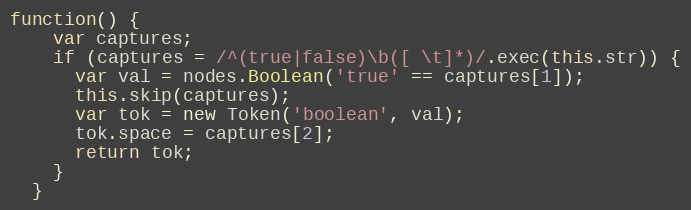
Language: JavaScript
function() {
    var captures;
    if (captures = /^(true|false)\b([ \t]*)/.exec(this.str)) {
      var val = nodes.Boolean('true' == captures[1]);
      this.skip(captures);
      var tok = new Token('boolean', val);
      tok.space = captures[2];
      return tok;
    }
  }